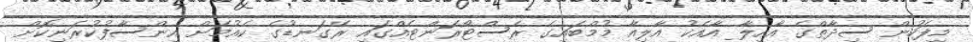
މިފަހުން ސިދާތްގެ އާއިލާ އާއެކު އާލިއާ މުމްބައިގެ ރެސްޓޯރަންޓެއްގައި ރޭގަނޑުގެ ކެއުމަށް އިންސާފުކުރަނިކޮށް